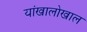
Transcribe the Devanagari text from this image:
यांखालोखाल